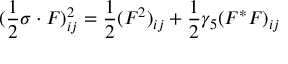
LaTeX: ( \frac { 1 } { 2 } \sigma \cdot F ) _ { i j } ^ { 2 } = \frac { 1 } { 2 } ( F ^ { 2 } ) _ { i j } + \frac { 1 } { 2 } \gamma _ { 5 } ( F ^ { * } F ) _ { i j }